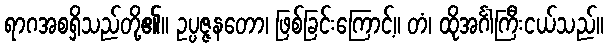
ရာဂအစရှိသည်တို့၏။ ဥပ္ပဇ္ဇနတော၊ ဖြစ်ခြင်းကြောင့်။ တံ၊ ထိုအင်္ဂါကြီးငယ်သည်။